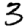
Digit: 3